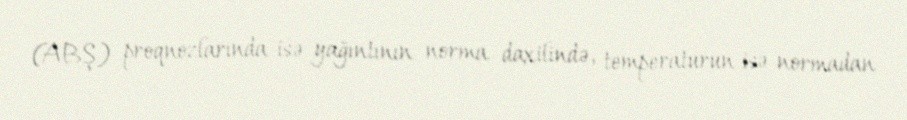
(ABŞ) proqnozlarında isə yağıntının norma daxilində, temperaturun isə normadan